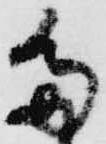
多